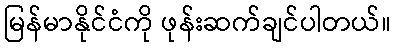
မြန်မာနိုင်ငံကို ဖုန်းဆက်ချင်ပါတယ်။